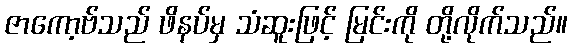
ဇာကော့ဗ်သည် ဖိနပ်မှ သံဆူးဖြင့် မြင်းကို တို့လိုက်သည်။